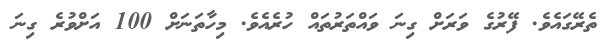
ތެރޭގައެވެ. ފޭރުގެ ވަރަށް ގިނަ ވައްތަރުތައް ހުރެއެވެ. މިހާތަނަށް 100 އަށްވުރެ ގިނަ